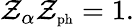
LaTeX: \mathcal{Z}_{\alpha}\mathcal{Z}_{\mathrm{{\scriptsize{ph}}}}=1.